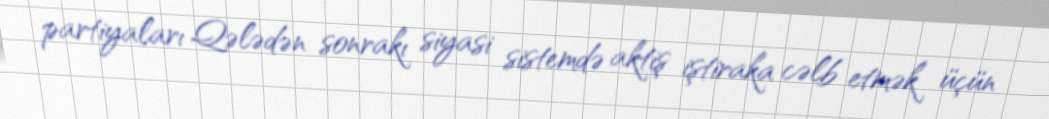
partiyaları Qələdən sonrakı siyasi sistemdə aktiş iştiraka cəlb etmək üçün